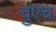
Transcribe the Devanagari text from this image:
चुएच